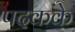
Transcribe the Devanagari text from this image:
पदकके